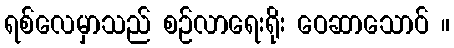
ရစ်လေမှာသည် စဉ်လာရေးရိုး ဝေဆာသောဝ် ။